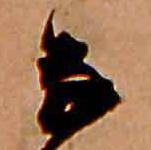
な